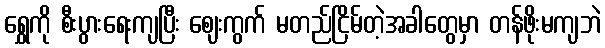
ရွှေကို စီးပွားရေးကျပြီး ဈေးကွက် မတည်ငြိမ်တဲ့အခါတွေမှာ တန်ဖိုးမကျဘဲ